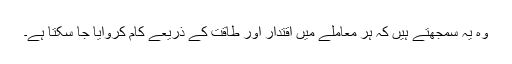
وہ یہ سمجھتے ہیں کہ ہر معاملے میں اقتدار اور طاقت کے ذریعے کام کروایا جا سکتا ہے۔